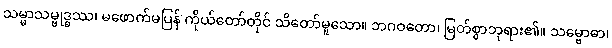
သမ္မာသမ္ဗုဒ္ဓဿ၊ မဖောက်မပြန် ကိုယ်တော်တိုင် သိတော်မူသော။ ဘဂဝတော၊ မြတ်စွာဘုရား၏။ သမ္ဗောဓာ၊